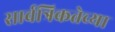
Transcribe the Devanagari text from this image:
सार्वत्रिकतेच्या